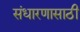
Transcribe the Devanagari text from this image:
संधारणासाठी